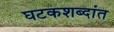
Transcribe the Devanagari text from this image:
घटकशब्दांत